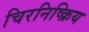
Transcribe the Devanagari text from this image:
चिरनिष्क्रिय